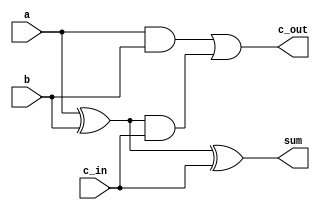
module full_adder (a,b,c_in,sum,c_out);
    input a,b,c_in;
    output sum,c_out;
    wire w1,w2,w3;

    xor Exor1(w1,a,b);
    xor Exor2(sum,w1,c_in);
    and And1(w2,a,b);
    and And2(w3,w1,c_in);
    or Or1(c_out,w2,w3);
endmodule

module adder (
    input signed [63:0]a_r,
    input signed [63:0]b_r,
    output signed [63:0]sum_r,
    output overflow
);

wire [64:0]carry;
assign carry[0] = 1'b0;

genvar i;
    generate
        for (i=0;i<64;i=i+1)
        begin
            full_adder A1 (a_r[i],b_r[i],carry[i],sum_r[i],carry[i+1]);         
        end
    endgenerate

    xor Exor3 (overflow,carry[63],carry[64]);
endmodule